system: You are a helpful assistant.
user:
Analyze the provided spectrum to determine if it is a **White Dwarf (WD)**.

A White Dwarf spectrum is defined by its **extreme purity** (due to gravitational settling) and/or **extreme pressure broadening** (due to high surface gravity). You must check for one of the following mutually exclusive signatures:

- **Key Visual Indicators (Check for ONE of these types):**

    - **1. DA-Type Signature (Most Common):**
        - **(Primary Feature):** Extreme pressure broadening (Stark broadening) of the **Hydrogen (H) Balmer lines**.
        - **(Key Lines):** $H\beta$ (approx. $4861$ Å) and $H\gamma$ (approx. $4340$ Å). $H\alpha$ (approx. $6563$ Å) will also be present if the wavelength range covers it.
        - **(Line Profile):** This is the **defining feature**. The lines are **NOT** sharp. They appear as massive, **extremely broad and deep "troughs" or "dips"** in the spectrum, often hundreds of Ångströms wide. The continuum will appear to "scoop" down at these wavelengths.
        - **(Distinction):** Normal A-type or B-type stars have *narrow* and *sharp* Hydrogen lines. A DA White Dwarf's lines are unmistakably "smeared" or "blurry" from pressure.

    - **2. DB-Type Signature:**
        - **(Primary Feature):** Broad absorption lines from **Neutral Helium (He I)**. The spectrum must lack any visible Hydrogen lines.
        - **(Key Lines):** Look for broad absorption near $4471$ Å, $4921$ Å, and $5876$ Å.
        - **(Line Profile):** These lines are also significantly pressure-broadened, appearing much wider than they would in a normal B-type main-sequence star.

    - **3. DC-Type Signature:**
        - **(Primary Feature):** A **featureless continuous spectrum**.
        - **(Line Profile):** The spectrum is a smooth curve with **no significant absorption or emission lines**.
        - **(Key Confirmation):** The continuum is almost always **blue or white**, indicating a hot object. This signature implies the atmosphere is so pure (or so cool) that no spectral lines are visible in the optical range. Its WD identity is confirmed by its extremely low intrinsic brightness (high absolute magnitude).

    - **4. DZ-Type Signature (Metal-Polluted):**
        - **(Primary Feature):** **Isolated, narrow metal absorption lines** on an otherwise featureless (DC-like) continuum.
        - **(Key Lines):** The **Calcium (Ca II) H & K doublet** (approx. **$3934$ Å** and **$3968$ Å**) is the most common and defining feature.
        - **(Line Profile):** These lines are "out of place." They are *not* part of a "forest" of thousands of lines. This signature is evidence of recent *accretion* (pollution) from rocky debris.
        - **(Distinction):** Normal G/K/M stars have a *dense forest* of thousands of metal lines. A DZ has a *clean* continuum with *only a few* strong metal lines.

    - **5. DQ-Type Signature (Carbon-Polluted):**
        - **(Primary Feature):** Absorption bands from **Carbon (C₂ "Swan Bands" or atomic C I)**.
        - **(Key Lines - C₂):** Look for bandheads with a "saw-tooth" shape near $5635$ Å, **$5165$ Å** (strongest), and $4737$ Å.
        - **(Key Confirmation):** The underlying **continuum must be blue or white** (hot).
        - **(Distinction):** This is the critical difference from a **Carbon Star**, which has the *exact same* C₂ bands but on an extremely **red, cool** continuum.

- **(Overall Spectrum):**
    - The continuum (overall shape) is typically **blue-sloping** (brighter in the blue than the red), as most white dwarfs are very hot.
    - The spectrum will look "pure" or "simple," dominated by only *one* of the five signatures listed above.

Think first, call **spectral_visualization_tool** if needed to examine features in detail, then provide your final answer. Your response must adhere to the following strict rules:
1.  **Overall Structure:** Your response must follow the format `<think>...</think> <tool_call>...</tool_call> (if a tool is used) <answer>...</answer>`.
2.  **Tool Usage Constraint:** You may only make **one** tool call per turn.
3.  **Final Answer Format:** In the `<answer>` tag, your conclusion must be inside a `\boxed{}` command (e.g., `\boxed{YES}` or `\boxed{NO}`), followed by your justification.

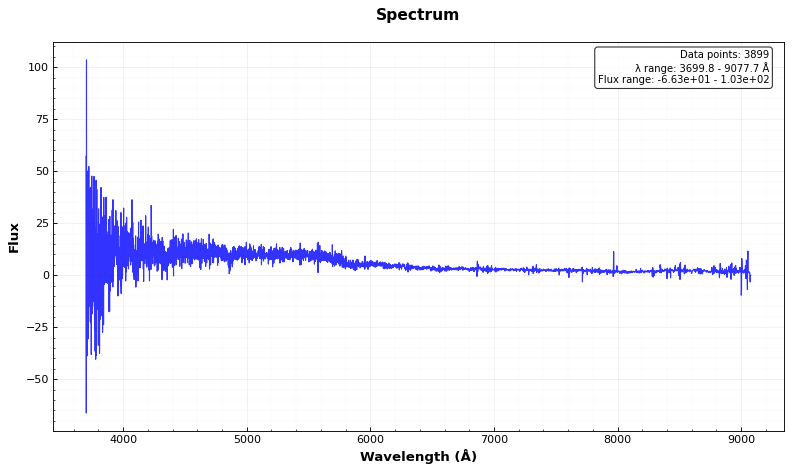
Answer: YES